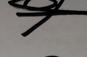
Signature authenticity: genuine